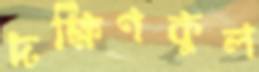
দক্ষিণকুল